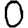
Digit: 0